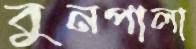
বুনপালা